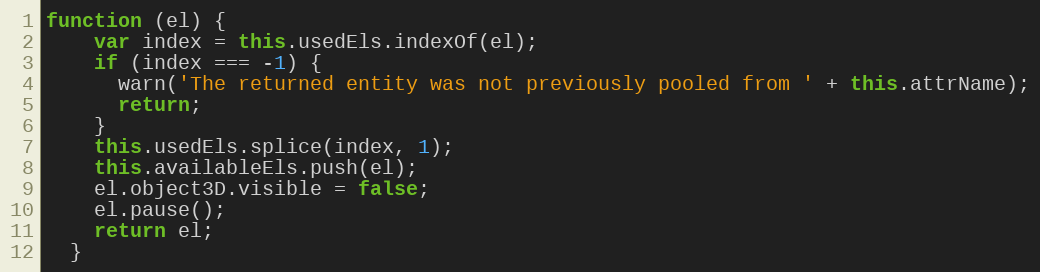
Language: JavaScript
function (el) {
    var index = this.usedEls.indexOf(el);
    if (index === -1) {
      warn('The returned entity was not previously pooled from ' + this.attrName);
      return;
    }
    this.usedEls.splice(index, 1);
    this.availableEls.push(el);
    el.object3D.visible = false;
    el.pause();
    return el;
  }